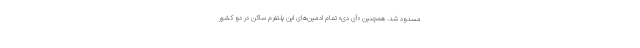
مسدود شد. همچنین «آی دی» تمام ادمین‌های این پلتفرم ساکن در دو کشور